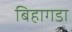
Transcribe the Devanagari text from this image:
बिहागडा